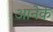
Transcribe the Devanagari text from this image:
आनेके